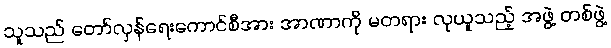
သူသည် တော်လှန်ရေးကောင်စီအား အာဏာကို မတရား လုယူသည့် အဖွဲ့ တစ်ဖွဲ့